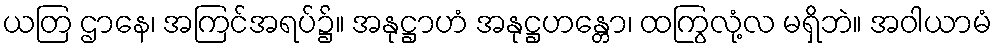
ယတြ ဌာနေ၊ အကြင်အရပ်၌။ အနုဋ္ဌာဟံ အနုဋ္ဌဟန္တော၊ ထကြွလုံ့လ မရှိဘဲ။ အဝါယာမံ